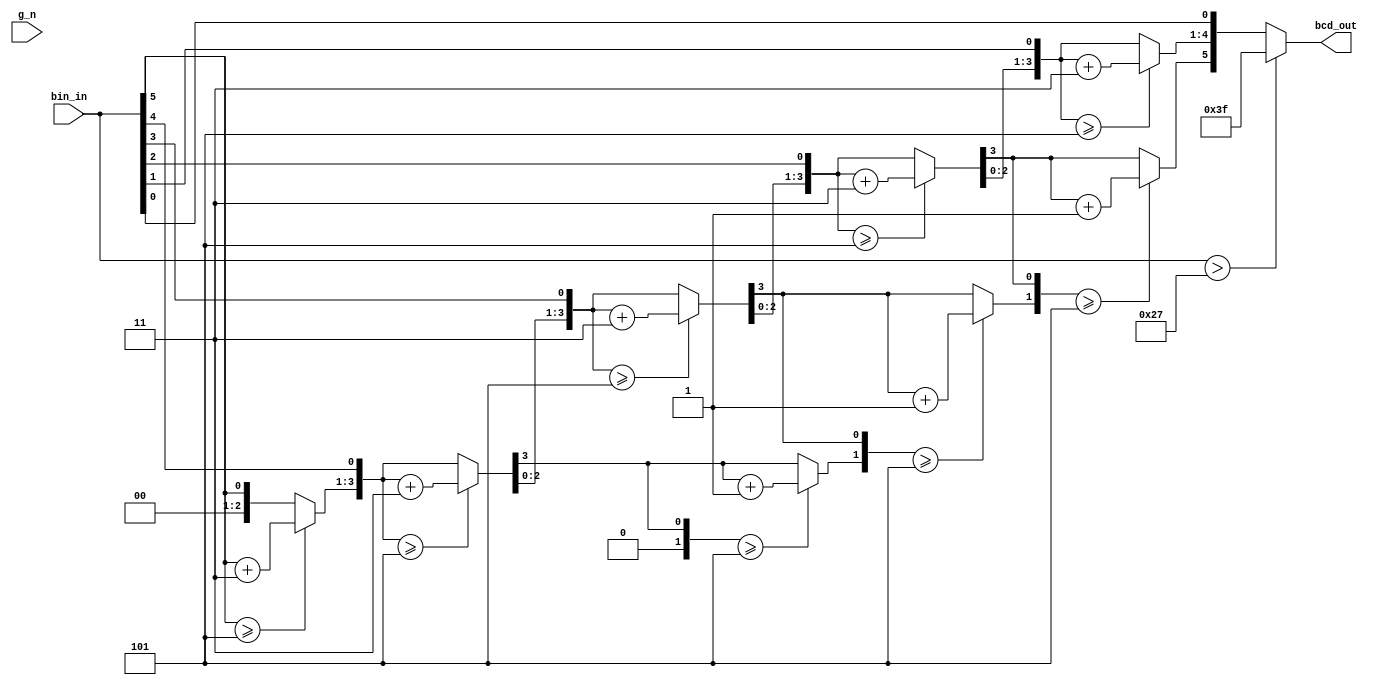
module sn185_cgrundey(g_n, bin_in, bcd_out);
	input g_n;
	input [5:0] bin_in;
	output [5:0] bcd_out;
	reg [5:0] bcd_out;
	reg [5:0] scratch;
	reg [5:0] tempout;

	// Used max propagation delays from datasheet to test with critical path
	specify
		(g_n *> bcd_out) = (30, 35);
		(bin_in => bcd_out) = (40, 40);
	endspecify

	always @(g_n or bin_in) begin
		if(g_n) begin
			bcd_out = 6'b111111;
		end
		if (bin_in > 6'd39) begin
			bcd_out = 6'b111111;
		end
		else begin
			scratch = bin_in;
			tempout = 6'b000000;
			repeat(6) begin
				if (tempout[5:4] >= 5) begin
					tempout[5:4] = tempout[5:4] + 3;
				end
				if (tempout[3:0] >= 5) begin
					tempout[3:0] = tempout[3:0] + 3;
				end
				tempout = tempout << 1;
				tempout[0] = scratch[5];
				scratch = scratch << 1;
			end
			bcd_out = tempout;
		end
	end

endmodule